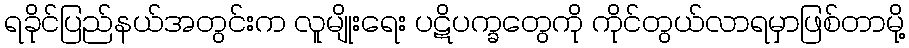
ရခိုင်ပြည်နယ်အတွင်းက လူမျိုးရေး ပဋိပက္ခတွေကို ကိုင်တွယ်လာရမှာဖြစ်တာမို့